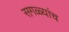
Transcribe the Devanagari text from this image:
सगळ्यांच